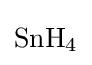
{\mathrm {SnH} {\vphantom {A}}_{\smash[{t}]{4}}}